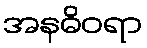
အနဓိဝရာ